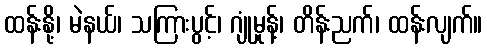
ထန်းနို့၊ မဲနယ်၊ သကြားပွင့်၊ ဂျုံမှုန့်၊ တိန်းညက်၊ ထန်းလျက်။